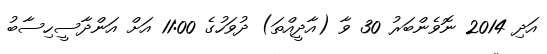
އަދި 2014 ނޮވެންބަރު 30 ވާ (އާދީއްތަ) ދުވަހުގެ 11:00 އަށް އަންދާސީހިސާބު